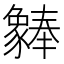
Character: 𬥆